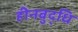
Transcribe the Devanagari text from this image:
हीनबुद्धि